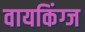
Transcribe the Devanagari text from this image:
वायकिंग्ज